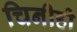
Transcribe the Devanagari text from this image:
चिनीही